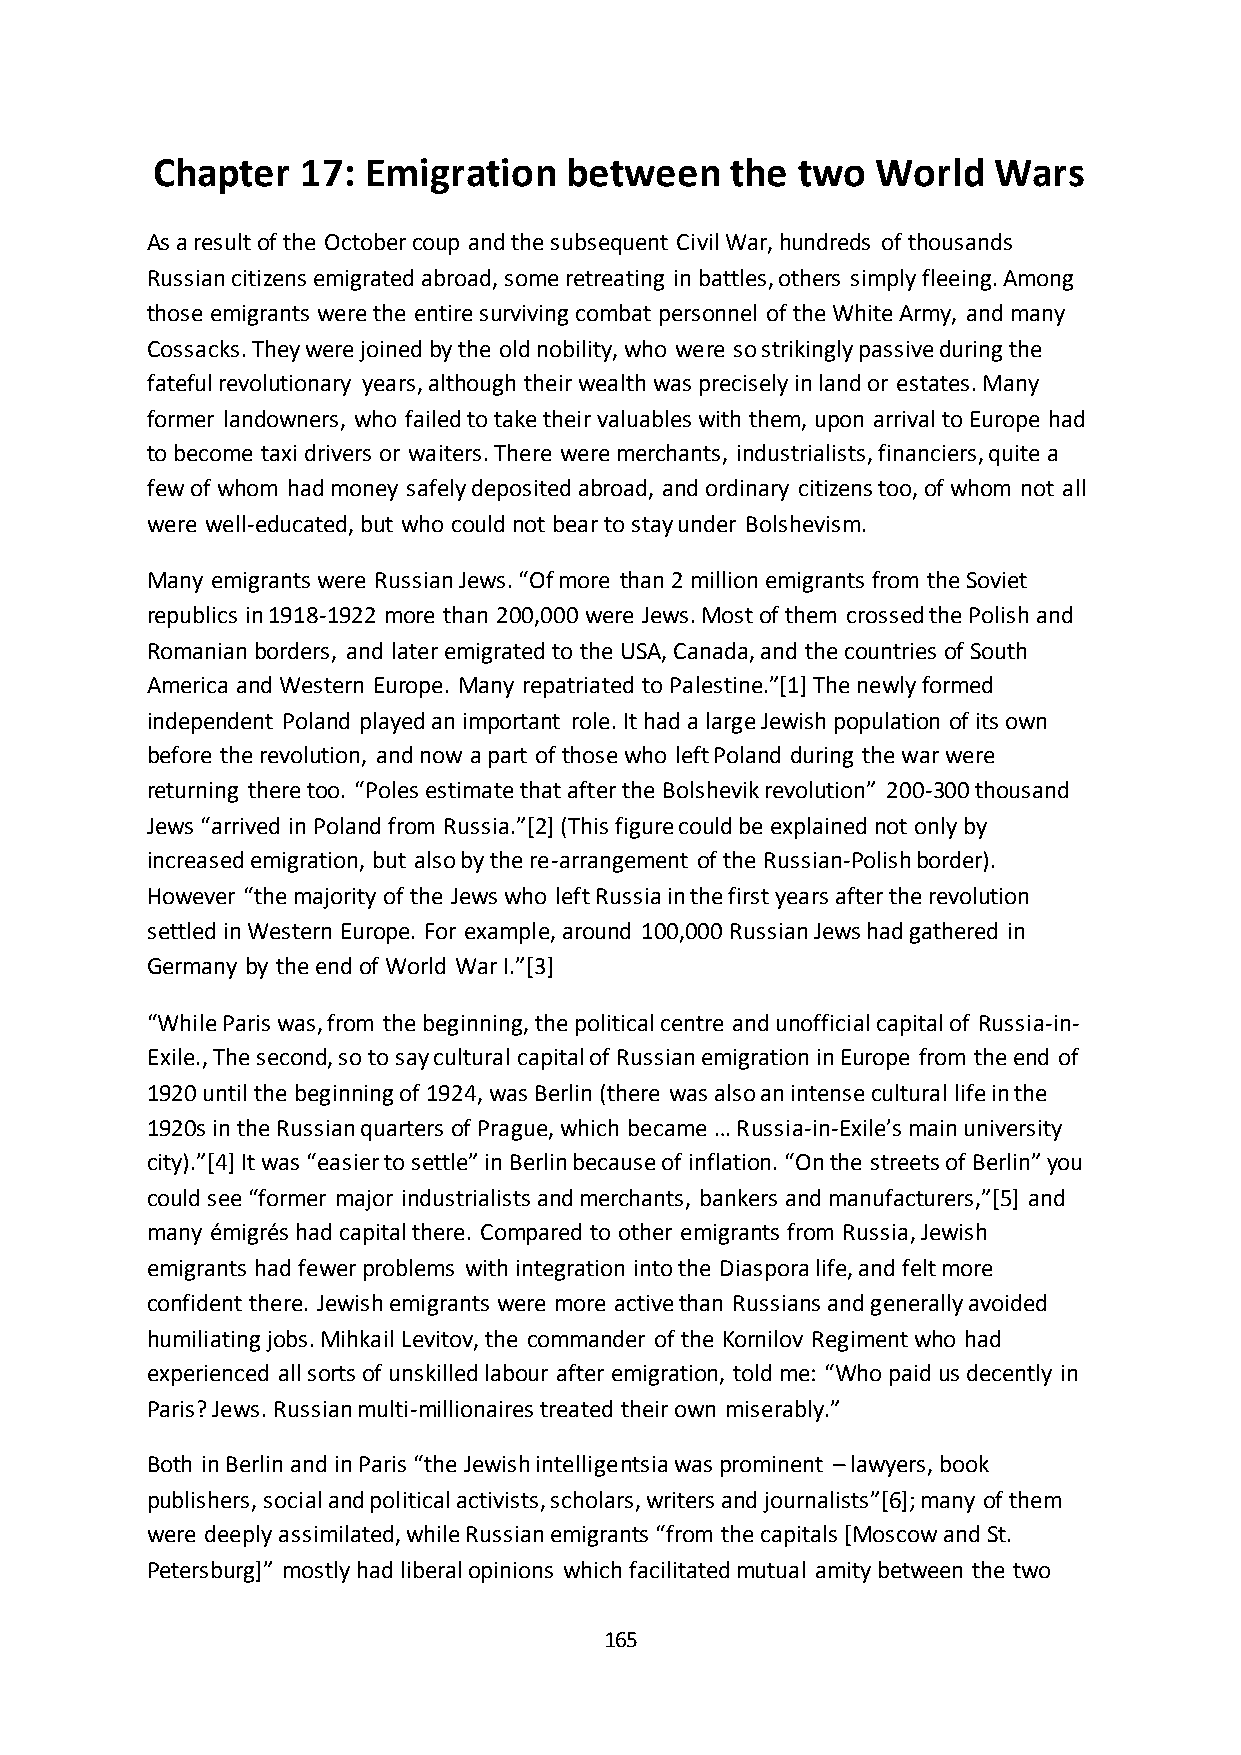
Chapter   17: Emigration   between    the  two  World   Wars
 As a result of the October coup and the subsequent Civil War, hundreds of thousands
 Russian citizens emigrated abroad, some retreating in battles, others simply fleeing. Among
 those emigrants were the entire surviving combat personnel of the White Army, and many
 Cossacks. They were joined by the old nobility, who were so strikingly passive during the
 fateful revolutionary years, although their wealth was precisely in land or estates. Many
 former landowners, who failed to take their valuables with them, upon arrival to Europe had
 to become taxi drivers or waiters. There were merchants, industrialists, financiers, quite a
 few of whom had money safely deposited abroad, and ordinary citizens too, of whom not all
 were well-educated, but who could not bear to stay under Bolshevism.
 Many emigrants were Russian Jews. “Of more than 2 million emigrants from the Soviet
 republics in 1918-1922 more than 200,000 were Jews. Most of them crossed the Polish and
 Romanian borders, and later emigrated to the USA, Canada, and the countries of South
 America and Western Europe. Many repatriated to Palestine.”*1+ The newly formed
 independent Poland played an important role. It had a large Jewish population of its own
 before the revolution, and now a part of those who left Poland during the war were
 returning there too. “Poles estimate that after the Bolshevik revolution” 200-300 thousand
 Jews “arrived in Poland from Russia.”*2+ (This figure could be explained not only by
 increased emigration, but also by the re-arrangement of the Russian-Polish border).
 However “the majority of the Jews who left Russia in the first years after the revolution
 settled in Western Europe. For example, around 100,000 Russian Jews had gathered in
 Germany by the end of World War I.”*3+
 “While Paris was, from the beginning, the political centre and unofficial capital of Russia-in-
 Exile., The second, so to say cultural capital of Russian emigration in Europe from the end of
 1920 until the beginning of 1924, was Berlin (there was also an intense cultural life in the
 1920s in the Russian quarters of Prague, which became … Russia-in-Exile’s main university
 city).”*4+ It was “easier to settle” in Berlin because of inflation. “On the streets of Berlin” you
 could see “former major industrialists and merchants, bankers and manufacturers,”*5+ and
 many émigrés had capital there. Compared to other emigrants from Russia, Jewish
 emigrants had fewer problems with integration into the Diaspora life, and felt more
 confident there. Jewish emigrants were more active than Russians and generally avoided
 humiliating jobs. Mihkail Levitov, the commander of the Kornilov Regiment who had
 experienced all sorts of unskilled labour after emigration, told me: “Who paid us decently in
 Paris? Jews. Russian multi-millionaires treated their own miserably.”
 Both in Berlin and in Paris “the Jewish intelligentsia was prominent – lawyers, book
 publishers, social and political activists, scholars, writers and journalists”*6+; many of them
 were deeply assimilated, while Russian emigrants “from the capitals *Moscow and St.
 Petersburg+” mostly had liberal opinions which facilitated mutual amity between the two
 165